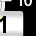
Digit: 1